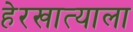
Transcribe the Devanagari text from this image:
हेरखात्याला